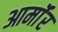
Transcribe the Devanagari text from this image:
आर्माॅर